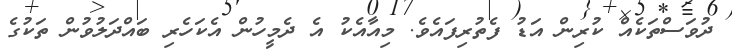
ދުވަސްތަކެއް ކުރިން އަޑު ފެތުރިފައެވެ. މިއާއެކު އެ ދެމީހުން އެކަހެރި ބައްދަލުވުން ތަކުގެ